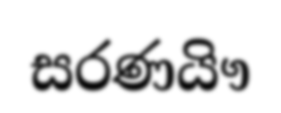
සරණයිෟ